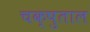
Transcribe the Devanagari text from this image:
चक्षुताल